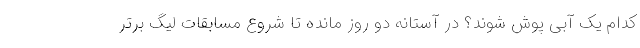
کدام یک آبی پوش شوند؟ در آستانه دو روز مانده تا شروع مسابقات لیگ برتر